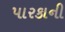
પારકાની